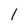
Character: l